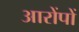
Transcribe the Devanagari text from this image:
आरोंपों